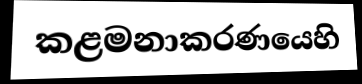
කළමනාකරණයෙහි